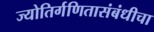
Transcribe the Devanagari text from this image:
ज्योतिर्गणितासंबंधीचा